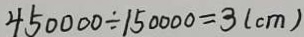
4 5 0 0 0 0 \div 1 5 0 0 0 0 = 3 ( c m )